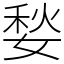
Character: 媝